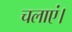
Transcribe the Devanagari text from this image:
चलाएं।